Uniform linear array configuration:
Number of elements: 16
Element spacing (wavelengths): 0.75
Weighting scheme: binomial
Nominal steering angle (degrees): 15
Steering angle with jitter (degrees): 15.37
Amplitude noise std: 0.05
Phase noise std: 0.05

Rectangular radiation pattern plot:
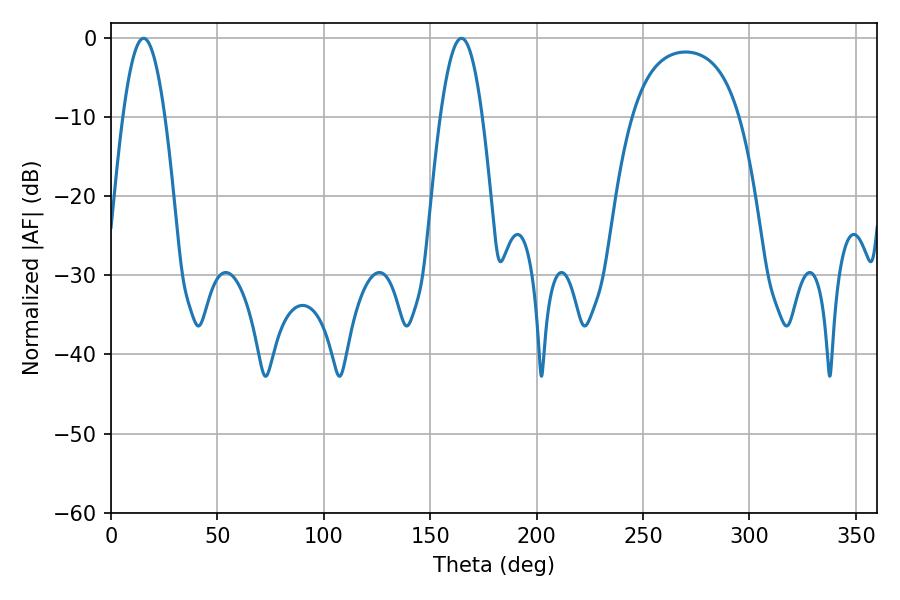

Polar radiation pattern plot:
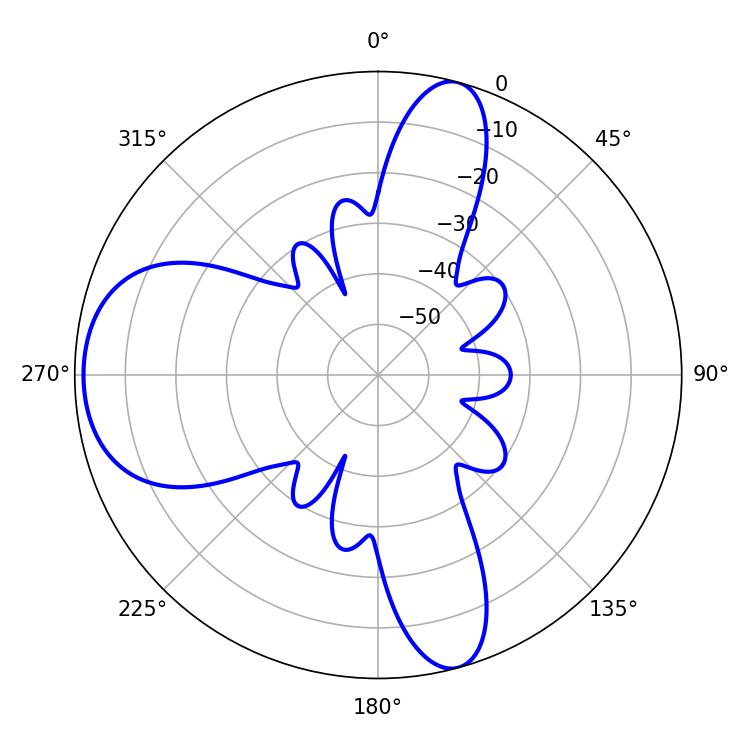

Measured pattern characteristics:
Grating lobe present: TRUE
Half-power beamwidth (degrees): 10.62
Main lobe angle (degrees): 15.3